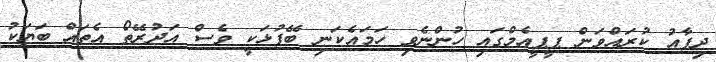
ދިފާއު ކުރައްވަން ޕީޕީއެމްގައި ހުންނެވި ހަމައެކަނި ބޭފުޅަކީ ވެސް އަދުރޭތޯ އެތައް ބަޔަކު